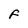
Character: f